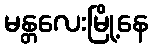
မန္တလေးမြို့နေ